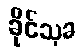
ခိုင်သုခ